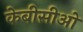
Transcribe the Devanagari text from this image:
केबीसीओ